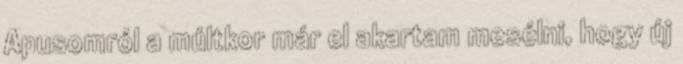
Apusomról a múltkor már el akartam mesélni, hogy új